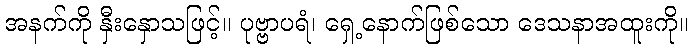
အနက်ကို နှီးနှောသဖြင့်။ ပုဗ္ဗာပရံ၊ ရှေ့နောက်ဖြစ်သော ဒေသနာအထူးကို။